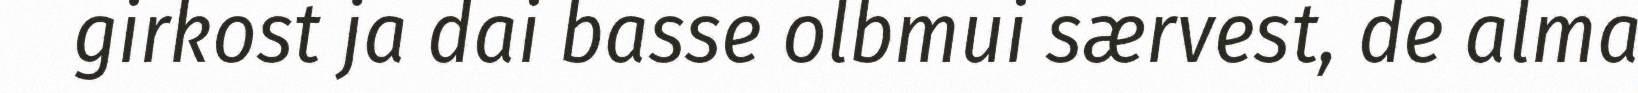
girkost ja dai basse olbmui særvest, de alma